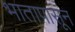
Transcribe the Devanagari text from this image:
भातापासून